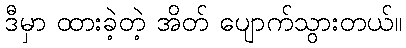
ဒီမှာ ထားခဲ့တဲ့ အိတ် ပျောက်သွားတယ်။